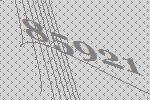
85921